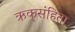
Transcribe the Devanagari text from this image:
ऋक्‌संहिता